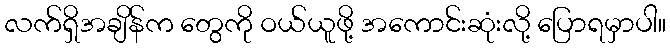
လက်ရှိအချိန်က တွေကို ဝယ်ယူဖို့ အကောင်းဆုံးလို့ ပြောရမှာပါ။